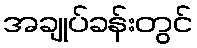
အချုပ်ခန်းတွင်